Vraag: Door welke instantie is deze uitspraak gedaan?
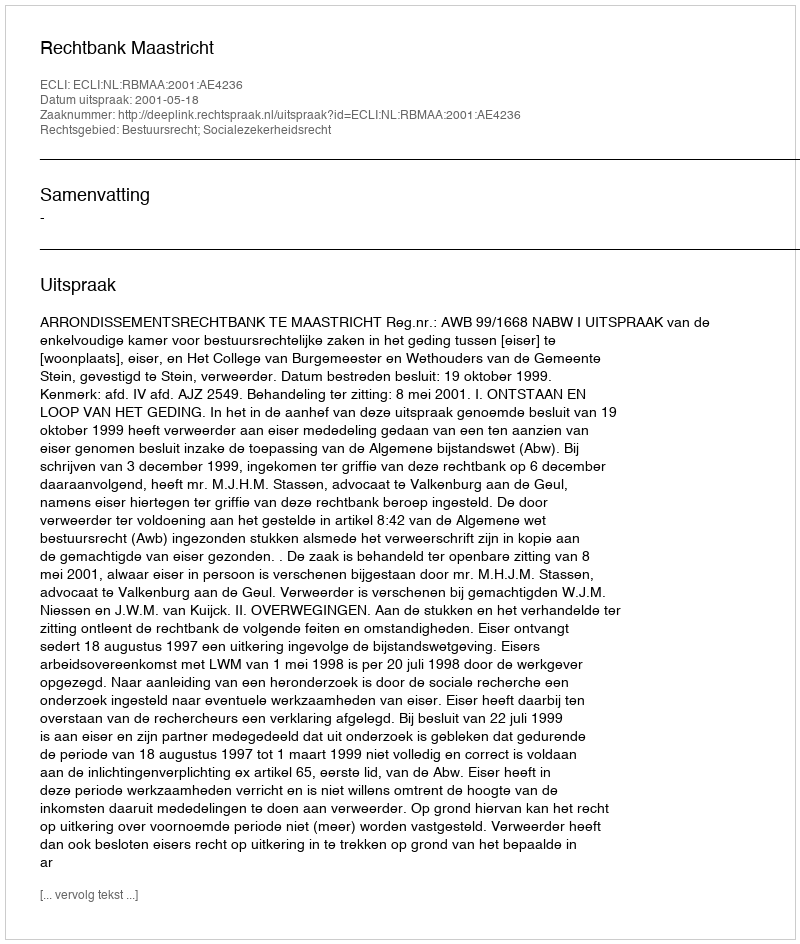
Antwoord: Rechtbank Maastricht